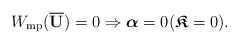
\begin{align*} W_{\rm{mp}}( \overline{ \mathbf{U}})=0\Rightarrow\boldsymbol{\alpha}=0 (\boldsymbol{\mathfrak{K}}=0). \end{align*}